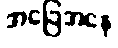
အခြေအနေ